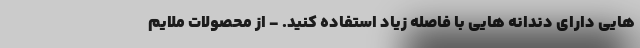
هایی دارای دندانه هایی با فاصله زیاد استفاده کنید. - از محصولات ملایم